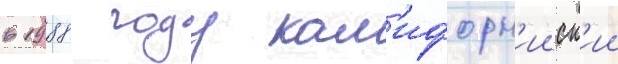
в 1988 году кал'ифорн'ииск'ии